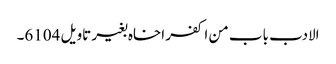
الادب باب من اکفر اخاہ بغیر تاویل 6104۔